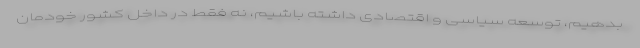
بدهیم، توسعه سیاسی و اقتصادی داشته باشیم، نه ‌فقط در داخل کشور خودمان